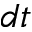
d t